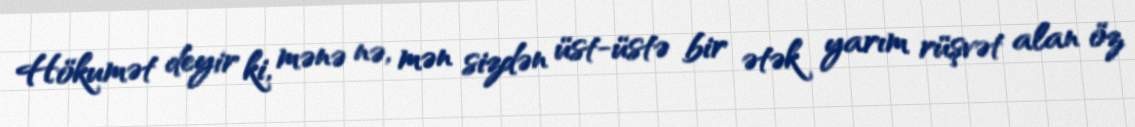
Hökumət deyir ki, mənə nə, mən sizdən üst-üstə bir ətək yarım rüşvət alan öz